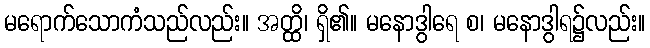
မရောက်သောကံသည်လည်း။ အတ္ထိ၊ ရှိ၏။ မနောဒွါရေ စ၊ မနောဒွါရ၌လည်း။